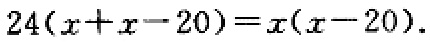
\(24(x + x - 20)=x(x - 20)\)